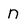
Character: n